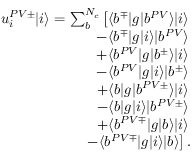
\begin{array} { r } { u _ { i } ^ { P V \pm } | i \rangle = \sum _ { b } ^ { N _ { c } } \left[ \langle b ^ { \mp } | g | b ^ { P V } \rangle | i \rangle \right. } \\ { \left. - \langle b ^ { \mp } | g | i \rangle | b ^ { P V } \rangle \right. } \\ { \left. + \langle b ^ { P V } | g | b ^ { \pm } \rangle | i \rangle \right. } \\ { \left. - \langle b ^ { P V } | g | i \rangle | b ^ { \pm } \rangle \right. } \\ { \left. + \langle b | g | b ^ { P V \pm } \rangle | i \rangle \right. } \\ { \left. - \langle b | g | i \rangle | b ^ { P V \pm } \rangle \right. } \\ { \left. + \langle b ^ { P V \mp } | g | b \rangle | i \rangle \right. } \\ { \left. - \langle b ^ { P V \mp } | g | i \rangle | b \rangle \right] . } \end{array}